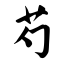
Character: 芍